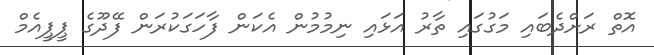
އޮތް ރަށްދެބައި މަގުގައި ތާރު އަޅައި ނިމުމުން އެކަން ފާހަގަކުރަން ފޭދޫގެ ޕީޕީއެމް